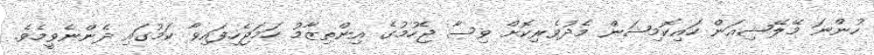
ހުންނަ މޭލޭޝިއަން ހައިކޮމިޝަން މެދުވެރިކޮށް ވިސާ ޖެހުމުގެ އިންތިޒާމު ހަމަޖެހިފައިވާ ކަމުގައި ދެންނެވީމެވެ.